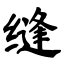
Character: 缝